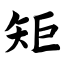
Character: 矩